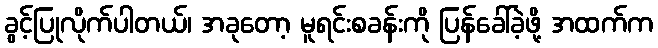
ခွင့်ပြုလိုက်ပါတယ်၊ အခုတော့ မူရင်းစခန်းကို ပြန်ခေါ်ခဲ့ဖို့ အထက်က